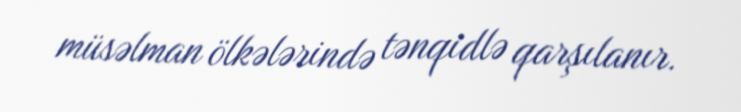
müsəlman ölkələrində tənqidlə qarşılanır.